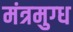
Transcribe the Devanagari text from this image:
मंत्रमुग्‍ध